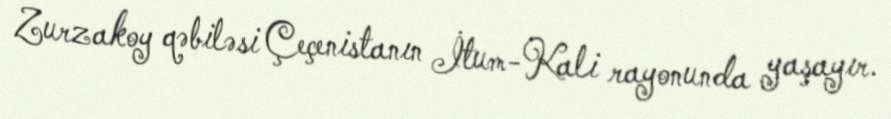
Zurzakoy qəbiləsi Çeçenistanın İtum-Kali rayonunda yaşayır.